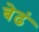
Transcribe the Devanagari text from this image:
बेढं